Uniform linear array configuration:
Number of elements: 8
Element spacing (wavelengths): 0.75
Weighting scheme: cosine
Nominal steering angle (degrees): -30
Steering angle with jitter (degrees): -31.963
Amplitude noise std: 0.05
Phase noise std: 0.05

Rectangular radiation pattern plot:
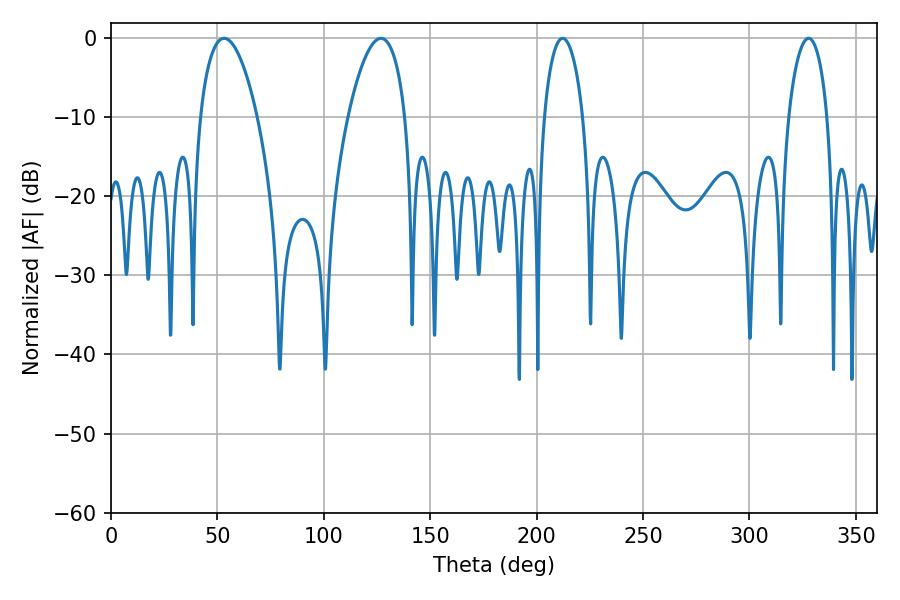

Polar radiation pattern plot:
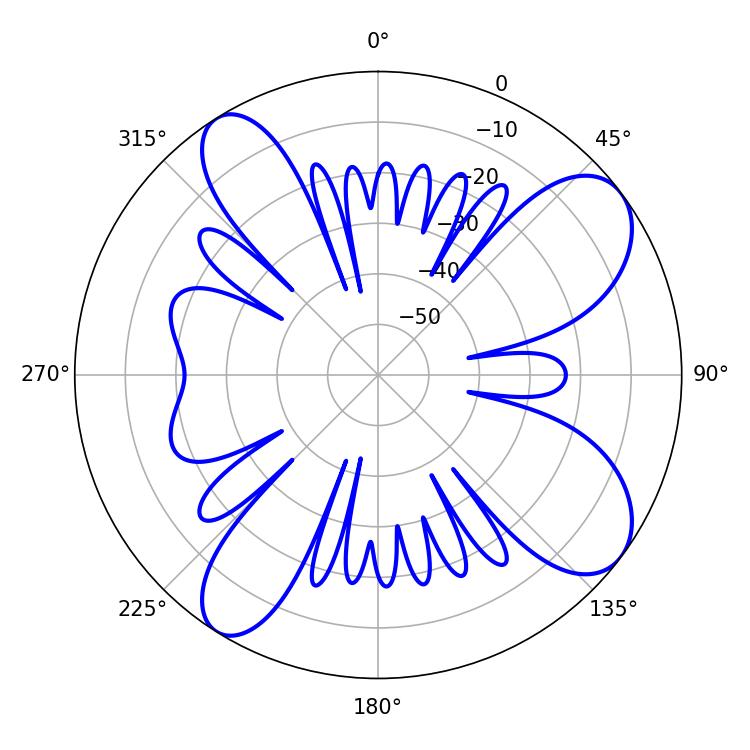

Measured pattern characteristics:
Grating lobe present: TRUE
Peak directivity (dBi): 9.355
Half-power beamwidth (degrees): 10.44
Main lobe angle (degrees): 212.22